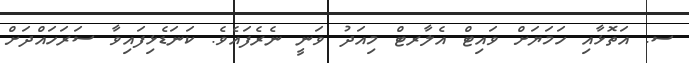
ސ. އަތޮޅާއި ހަމަޔަށް ވައިޓް އެލާރޓް މިއަދު ވަނީ ނެރެފައެވެ. ކަނަޑެޅިފައިވާ ސަރަހައްދަށް